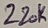
Text: 220K